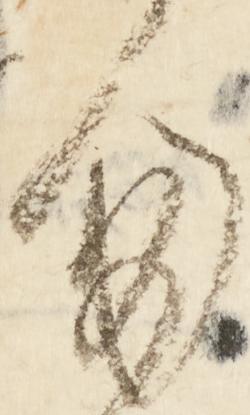
勿